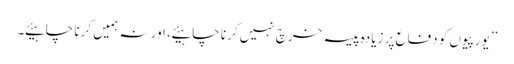
’’یورپیوں کو دفاع پر زیادہ پیسہ خرچ نہیں کرنا چاہیئے ، اور نہ ہمیں کرنا چاہیئے ۔